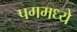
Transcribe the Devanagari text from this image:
पगमध्ये